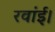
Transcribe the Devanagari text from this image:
रवांई।